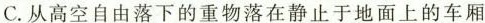
C.从高空自由落下的重物落在静止于地面上的车厢